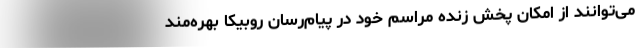
می‌توانند از امکان پخش زنده مراسم خود در پیام‌رسان روبیکا بهره‌مند